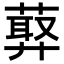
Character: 𦻡